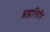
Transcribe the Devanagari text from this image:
ब्रह्मलिपि